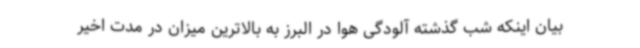
بیان اینکه شب گذشته آلودگی هوا در البرز به بالاترین میزان در مدت اخیر